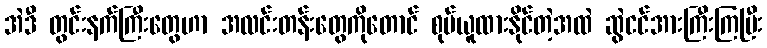
အဲဒီ တွင်းနက်ကြီးတွေဟာ အလင်းတန်းတွေကိုတောင် စုပ်ယူထားနိုင်တဲ့အထဲ ဆွဲငင်အားကြီးကြပြီး